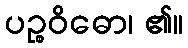
ပဉ္စဝိဓော၊ ၏။